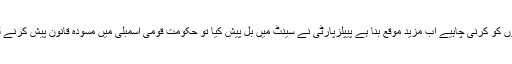
حکمرانوں کو کرنی چاہیے اب مزید موقع بنا ہے پیپلزپارٹی نے سینٹ میں بل پیش کیا تو حکومت قومی اسمبلی میں مسودہ قانون پیش کرنے لگی ہے۔